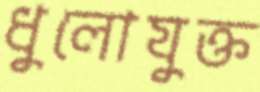
ধুলোযুক্ত